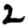
Digit: 2